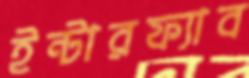
ইন্টারফ্যাব